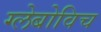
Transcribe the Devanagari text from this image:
ग्लेबोविच